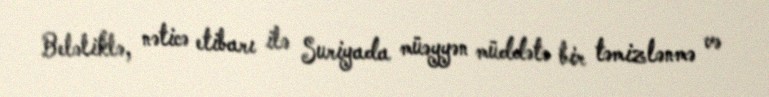
Beləliklə, nəticə etibarı ilə Suriyada müəyyən müddətə bir təmizlənmə və